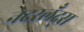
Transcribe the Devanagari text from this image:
नेदरलँद्स